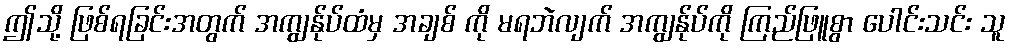
ဤသို့ ဖြစ်ရခြင်းအတွက် အကျွန်ုပ်ထံမှ အချစ် ကို မရဘဲလျက် အကျွန်ုပ်ကို ကြည်ဖြူစွာ ပေါင်းသင်း သူ